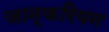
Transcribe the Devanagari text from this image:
जान्करियन